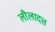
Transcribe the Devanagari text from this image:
लीलादत्त